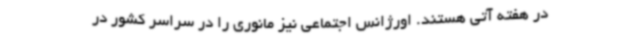
در هفته آتی هستند. اورژانس اجتماعی نیز مانوری را در سراسر کشور در